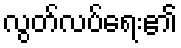
လွတ်လပ်ရေး၏